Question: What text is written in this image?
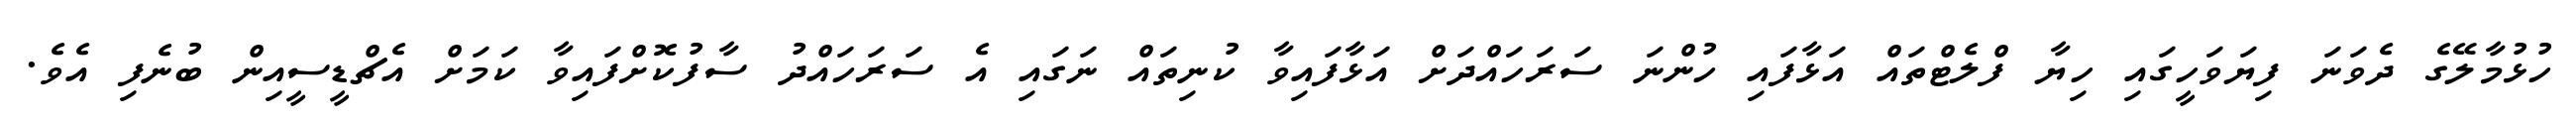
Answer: ހުޅުމާލޭގެ ދެވަނަ ފިޔަވަހީގައި ހިޔާ ފްލެޓްތައް އަޅާފައި ހުންނަ ސަރަހައްދަށް އަޅާފައިވާ ކުނިތައް ނަގައި އެ ސަރަހައްދު ސާފުކޮށްފައިވާ ކަމަށް އެޗްޑީސީއިން ބުނެފި އެވެ.